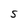
Character: S